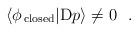
LaTeX: \begin{align*}\langle \phi_{\rm \,closed}|{\rm D}p\rangle \not= 0~~.\end{align*}